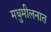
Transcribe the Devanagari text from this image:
मधुमीलनात